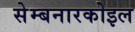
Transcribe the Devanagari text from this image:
सेम्बनारकोइल